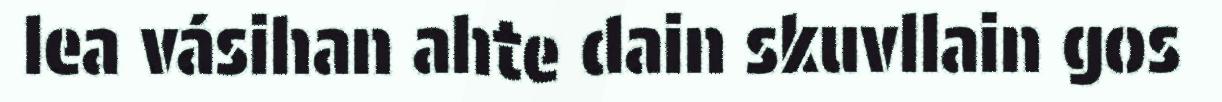
lea vásihan ahte dain skuvllain gos